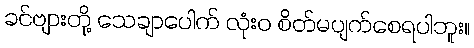
ခင်ဗျားတို့ သေချာပေါက် လုံးဝ စိတ်မပျက်စေရပါဘူး။